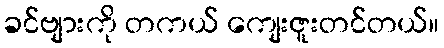
ခင်ဗျားကို တကယ် ကျေးဇူးတင်တယ်။